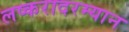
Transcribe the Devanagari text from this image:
लष्करादरम्यान